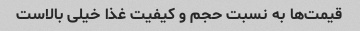
قیمت‌ها به نسبت حجم و کیفیت غذا خیلی بالاست